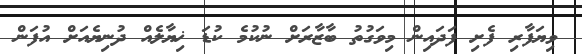
ވިޔަފާރި ފެށި ފަދައިން މިވަގުތު ބާޒާރަށް ނުކުމެ ކުޑަ ޚިޔާލެއް ދުނިޔެއަށް އުފަަން